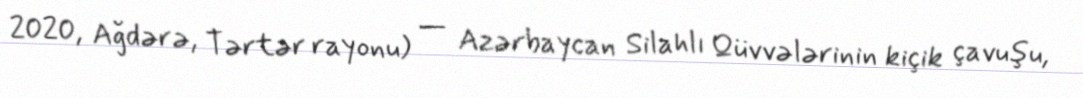
2020, Ağdərə, Tərtər rayonu) — Azərbaycan Silahlı Qüvvələrinin kiçik çavuşu,